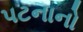
પટનાનો